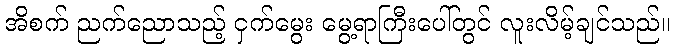
အိစက် ညက်ညောသည့် ငှက်မွေး မွေ့ရာကြီးပေါ်တွင် လူးလိမ့်ချင်သည်။